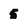
Character: 5